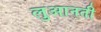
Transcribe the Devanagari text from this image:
लुआनती